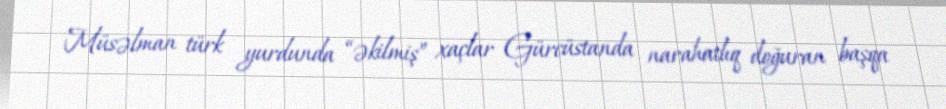
Müsəlman türk yurdunda “əkilmiş” xaçlar Gürcüstanda narahatlıq doğuran başqa